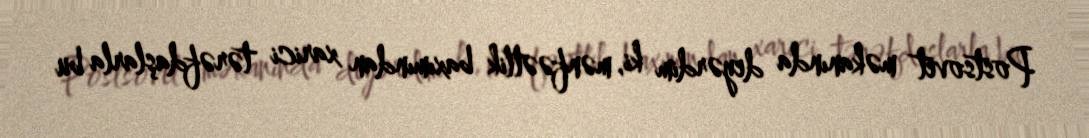
Postsovet məkanında deyərdim ki, mənfəətlik baxımından xarici tərəfdaşlarla bu